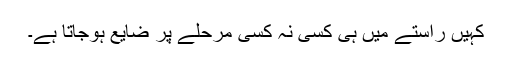
کہیں راستے میں ہی کسی نہ کسی مرحلے پر ضایع ہوجاتا ہے۔